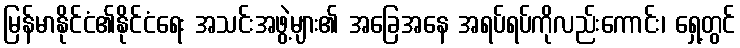
မြန်မာနိုင်ငံ၏နိုင်ငံရေး အသင်းအဖွဲ့များ၏ အခြေအနေ အရပ်ရပ်ကိုလည်းကောင်း၊ ရှေ့တွင်